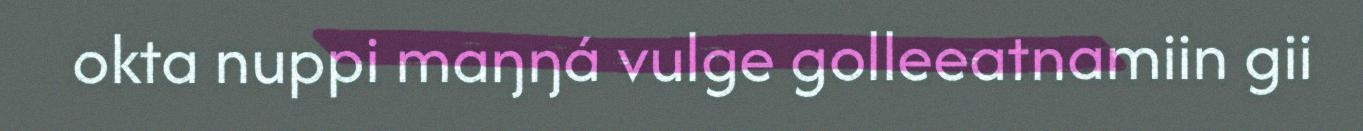
okta nuppi maŋŋá vulge golleeatnamiin gii